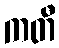
ကတီ